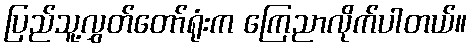
ပြည်သူ့လွှတ်တော်ရုံးက ကြေညာလိုက်ပါတယ်။